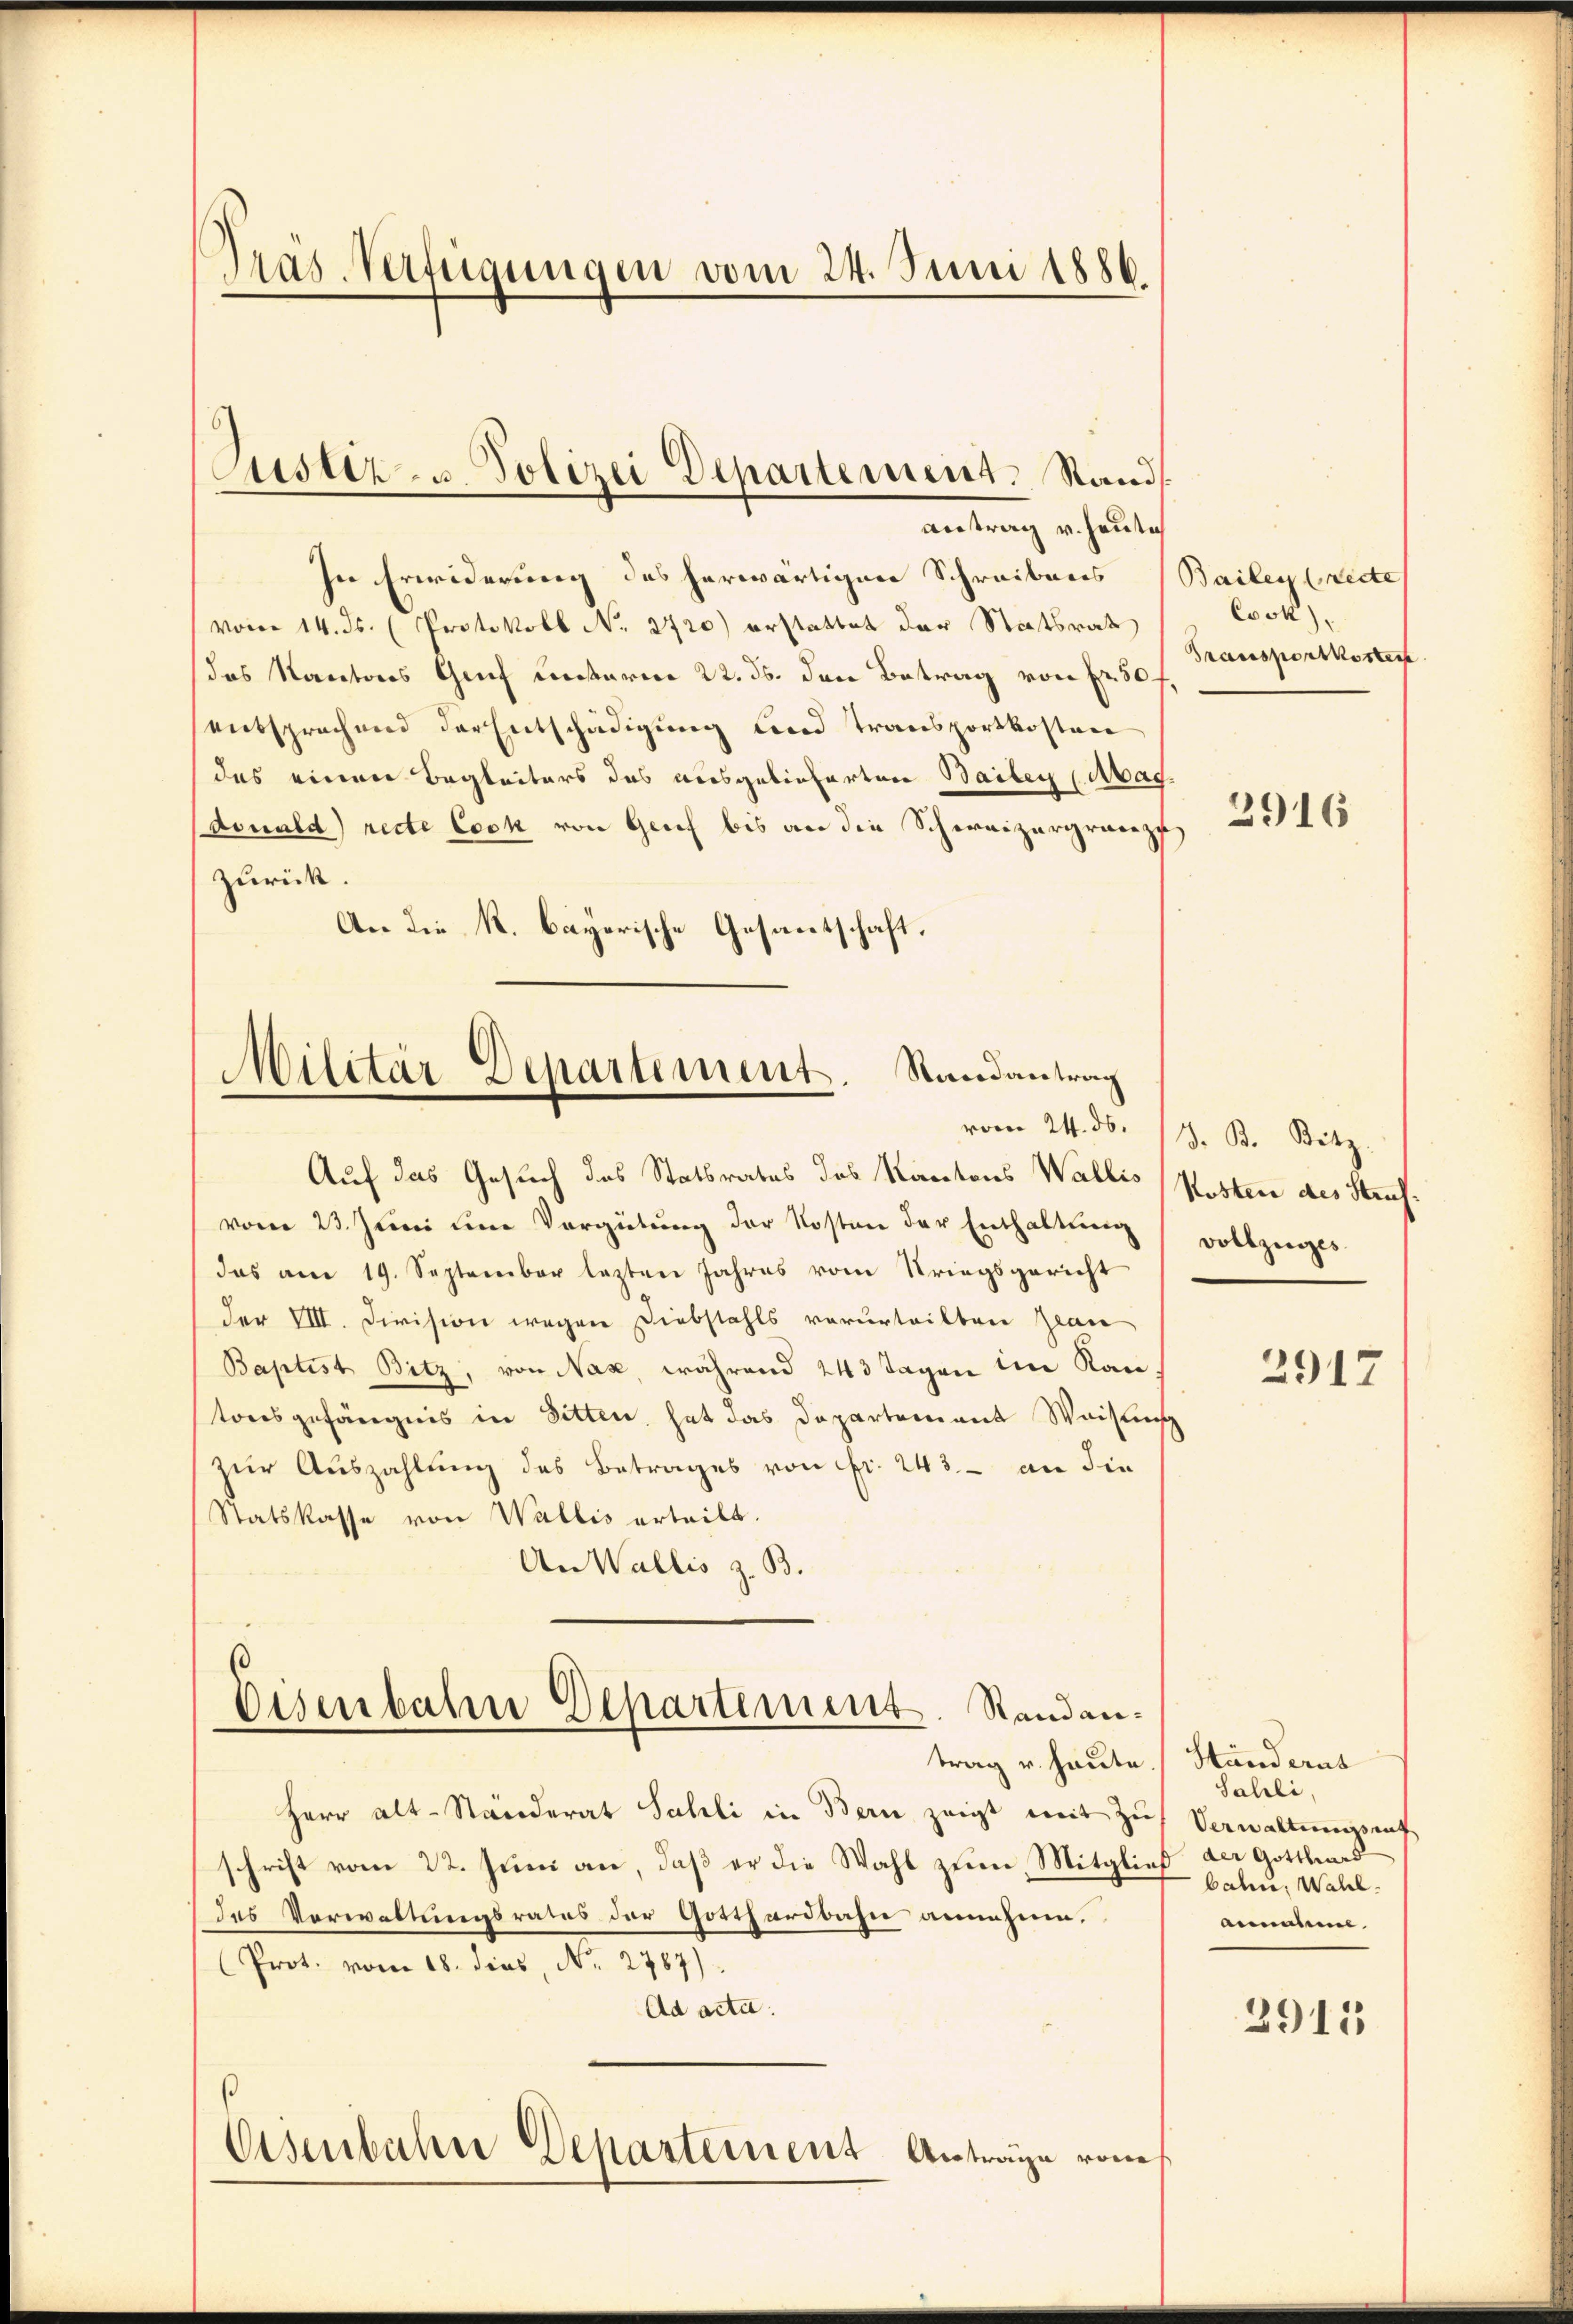
Gras Verfügungen vom 24. Juni 1886.

antrag v. heute
In Erwiderung des herwärtigen Schreibens Bailey (recte
(vom 14. ds. (Protokoll No 2720) erstattet der Staatsrat
das Kantons Genf unserm 22. ds. den Betrag von Fr. 50
entsprechend der Entschädigung und Transportkosten
des einen Begleiters des ausgelieferten Bailey (Abagdouald) recte Cock von Genf bis an die Schweizergrenzu
zurück.
An die k. bayerische Gesantschaft.

Justiz- u. Polizei Departement. Sand¬

Militär-Departement. Randantrag
vom 24. ds.

Auf das Gesuch des Statsrates des Kantons Wallis
vom 23. Juni um Vergütung der Kosten der Enthaltung
das am 19. September lezten Jahres vom Kriegsgericht
der VIII. Division wegen Diebstahls verurteilten Jean
Baptist Bitz, von Nax, während 243 Tagen im Kantonsgefängnis in Sitten, hat das Departement Weisung
zur Auszahlung des Betrages von Fr. 243. - an die
Statskasse von Wallis erteilt.
An Wallis z. B.
Eisenbahne Departement. Randantrag v. heute.
Herr Alt-Ständerat Sahli in Bern zeigt mit Zus
schrift vom 22. Juni an, daß er die Wahl zum Mitgließ
des Verwaltungsrates der Gotthardbahn annehme.
Prot. vom 18. dies, No. 2787).
Ad acta.
Eisenbahn Departement Anträge von

Cook)
Transportkostert

2916

d. B. Sitz
Kosten des Straf.
vollzuges

2917

Ständerus
Sahli
Verwaltungsant
 der Gotthard
bahn, Wahl.
annahme

2911